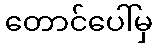
တောင်ပေါ်မှ